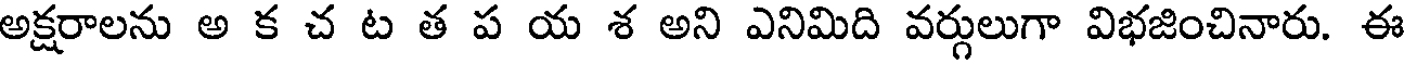
అక్షరాలను అ క చ ట త ప య శ అని ఎనిమిది వర్గులుగా విభజించినారు. ఈ